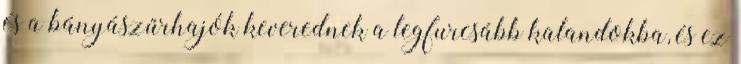
és a bányászűrhajók keverednek a legfurcsább kalandokba, és ez